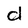
Character: d